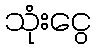
သုံးငွေ